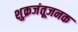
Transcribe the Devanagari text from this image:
शुक्रजंतूजनक